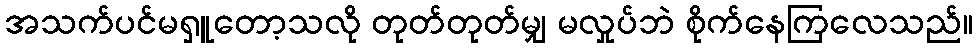
အသက်ပင်မရှူတော့သလို တုတ်တုတ်မျှ မလှုပ်ဘဲ စိုက်နေကြလေသည်။